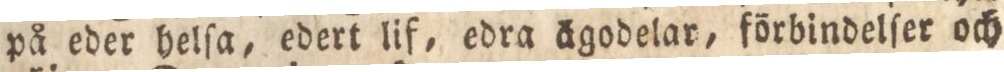
på eder helſa, edert lif, edra ägodelar, förbindelſer och